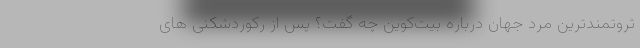
ثروتمندترین مرد جهان درباره بیت‌کوین چه گفت؟ پس از رکوردشکنی های